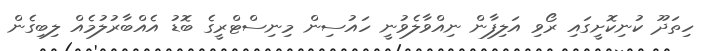
ހިތަދޫ ކުނިކޮށީގައި ރޯވި އަލިފާން ނިއްވާލެވުނީ ހައުސިން މިނިސްޓްރީގެ ބޮޑު އެއްބާރުލުމެއް ލިބިގެން